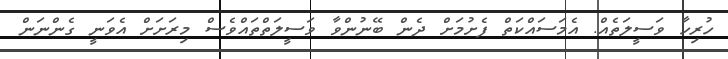
ހުރިހާ ވަސީލަތެއް. އެމަސައްކަތް ފެށުމަށް ދެން ބޭނުންވާ ވަސީލަތްތައްވެސް މިރަށަށް އެވަނީ ގެންނަން